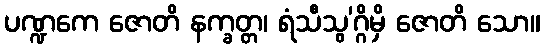
ပဏ္ဍကေ ဇောတိ နက္ခတ္တ၊ ရံသီသွ’ဂ္ဂိမှိ ဇောတိ သော။